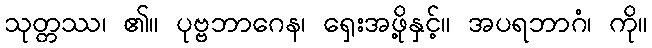
သုတ္တဿ၊ ၏။ ပုဗ္ဗဘာဂေန၊ ရှေးအဖို့နှင့်။ အပရဘာဂံ၊ ကို။